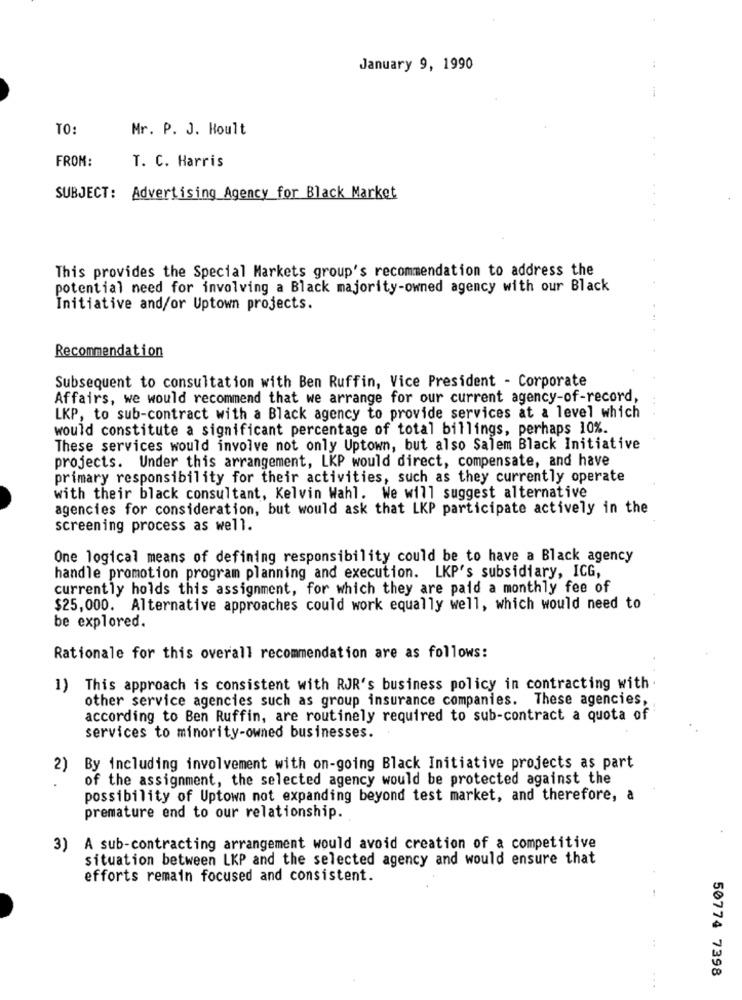
January 9, 1990
1
TO:
Mr. P. J. Hoult
FROM:
T. C. Harris
. .
SUBJECT: Advertising Agency for Black Market
This provides the Special Markets group's recommendation to address the
potential need for involving a Black majority-owned agency with our Black
Initiative and/or Uptown projects.
Recommendation
Subsequent to consultation with Ben Ruffin, Vice President - Corporate
Affairs, we would recommend that we arrange for our current agency-of-record,
LKP, to sub-contract with a Black agency to provide services at a level which
would constitute a significant percentage of total billings, perhaps 10%.
These services would involve not only Uptown, but also Salem Black Initiative
projects. Under this arrangement, LKP would direct, compensate, and have
primary responsibility for their activities, such as they currently operate
with their black consultant, Kelvin Wahl. We will suggest alternative
agencies for consideration, but would ask that LKP participate actively in the
screening process as well.
One logical means of defining responsibility could be to have a Black agency
handle promotion program planning and execution. LKP's subsidiary, ICG,
currently holds this assignment, for which they are paid a monthly fee of
$25,000. Alternative approaches could work equally well, which would need to
be explored.
Rationale for this overall recommendation are as follows:
1)
This approach is consistent with RJR's business policy in contracting with
other service agencies such as group insurance companies. These agencies,
according to Ben Ruffin, are routinely required to sub-contract a quota of
services to minority-owned businesses.
2)
By including involvement with on-going Black Initiative projects as part
of the assignment, the selected agency would be protected against the
possibility of Uptown not expanding beyond test market, and therefore, a
premature end to our relationship.
3) A sub-contracting arrangement would avoid creation of a competitive
situation between LKP and the selected agency and would ensure that
efforts remain focused and consistent.
..
50774 7398
...